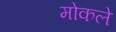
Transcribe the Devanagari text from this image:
मोकले